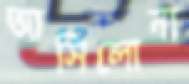
আসিলোনা